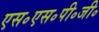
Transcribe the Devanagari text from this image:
एस॰एस॰पी॰जी॰